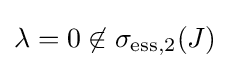
\lambda =0\not \in \sigma _{\mathrm {ess} ,2}(J)